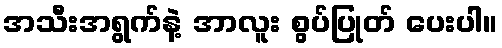
အသီးအရွက်နဲ့ အာလူး စွပ်ပြုတ် ပေးပါ။